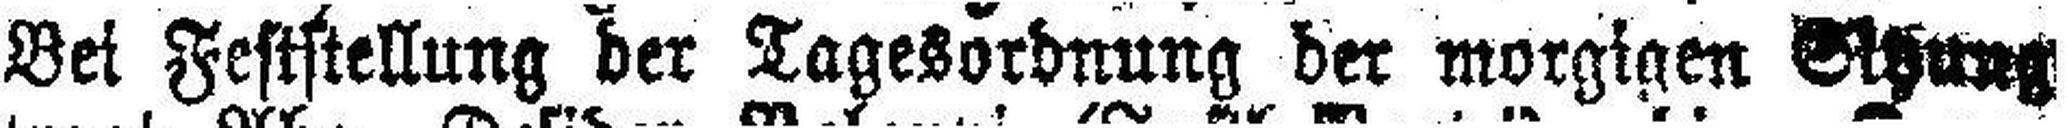
Bei Feststellung der Tagesordnung der morgigen Sitzung